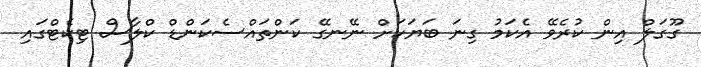
ގޫގަލް އިން ކުރެވޭ އެކަމު ގިނަ ބަޔަކަށް ނޭނގޭ ކަންތައްސެކަންޑް ކްލާސް ޓިކެޓްގައި